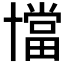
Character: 𠧁